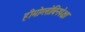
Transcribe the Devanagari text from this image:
हीमोग्लोबिनपेक्षा